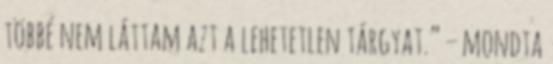
többé nem láttam azt a lehetetlen tárgyat.” – mondta